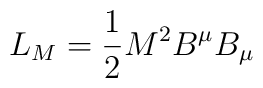
L_M=\frac{1}{2}M^2B^\mu B_\mu